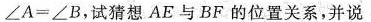
$$∠ A = ∠ B$$,试猜想 AE与 BF 的位置关系,并说